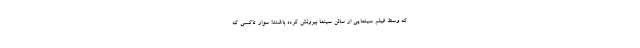
که وسط فیلم سینمایی از سالن سینما بیرونش کرده باشند! سوار تاکسی که